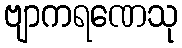
ဗျာကရဏေသု